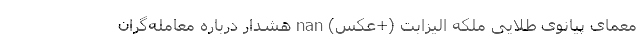
معمای پیانوی طلایی ملکه الیزابت (+عکس) nan هشدار درباره معامله‌گران